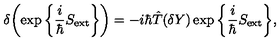
\delta \bigg ( \! \exp \bigg \{ \frac { i } { \hbar } S _ { \mathrm { e x t } } \bigg \} \bigg ) = - i \hbar \hat { T } ( \delta Y ) \exp \bigg \{ \frac { i } { \hbar } S _ { \mathrm { e x t } } \bigg \} ,